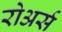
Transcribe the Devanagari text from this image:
रोअर्स